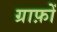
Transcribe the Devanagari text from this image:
ग्राफ़ों